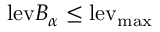
\mathrm { l e v } B _ { \alpha } \leq \mathrm { l e v _ { \mathrm { m a x } } }